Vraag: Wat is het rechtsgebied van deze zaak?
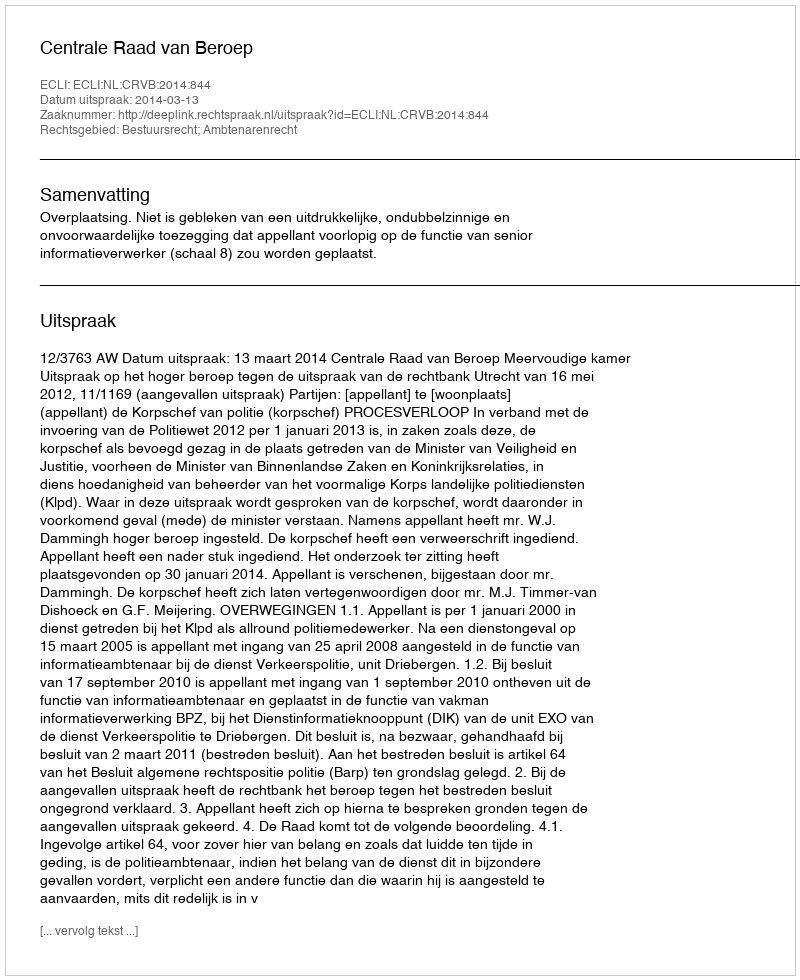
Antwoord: Bestuursrecht; Ambtenarenrecht